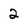
Character: 2